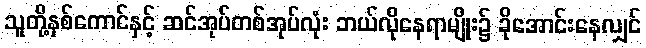
သူတို့နှစ်ကောင်နှင့် ဆင်အုပ်တစ်အုပ်လုံး ဘယ်လိုနေရာမျိုး၌ ခိုအောင်းနေလျှင်